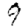
Digit: 9